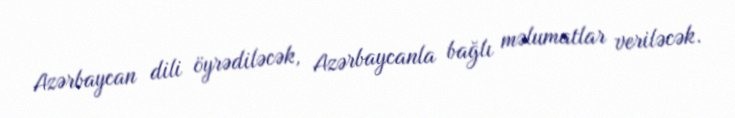
Azərbaycan dili öyrədiləcək, Azərbaycanla bağlı məlumatlar veriləcək.